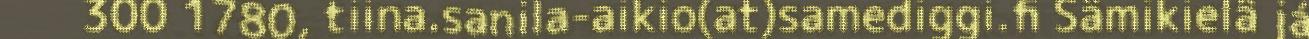
300 1780, tiina.sanila-aikio(at)samediggi.fi Sämikielâ já